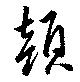
顔